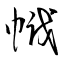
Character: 幟